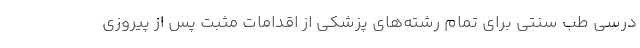
درسی طب سنتی برای تمام رشته‌های پزشکی از اقدامات مثبت پس از پیروزی